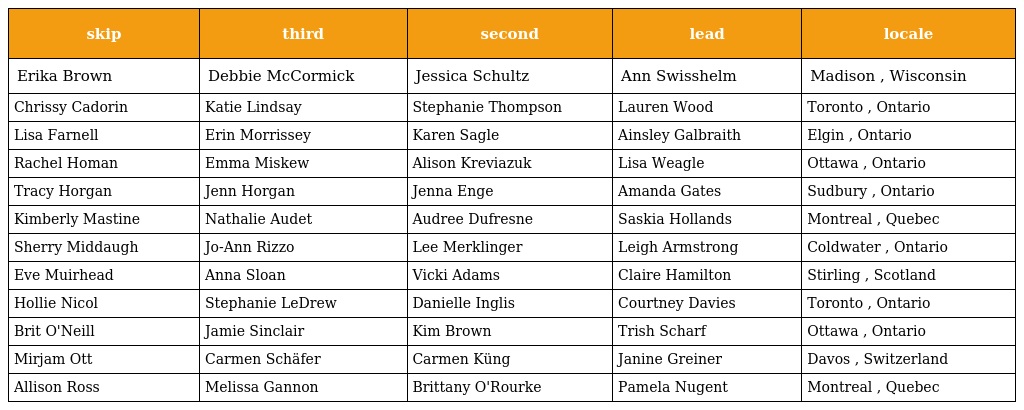
| skip | third | second | lead | locale |
 | --- | --- | --- | --- | --- |
 | Erika Brown | Debbie McCormick | Jessica Schultz | Ann Swisshelm | Madison , Wisconsin |
 | Chrissy Cadorin | Katie Lindsay | Stephanie Thompson | Lauren Wood | Toronto , Ontario |
 | Lisa Farnell | Erin Morrissey | Karen Sagle | Ainsley Galbraith | Elgin , Ontario |
 | Rachel Homan | Emma Miskew | Alison Kreviazuk | Lisa Weagle | Ottawa , Ontario |
 | Tracy Horgan | Jenn Horgan | Jenna Enge | Amanda Gates | Sudbury , Ontario |
 | Kimberly Mastine | Nathalie Audet | Audree Dufresne | Saskia Hollands | Montreal , Quebec |
 | Sherry Middaugh | Jo-Ann Rizzo | Lee Merklinger | Leigh Armstrong | Coldwater , Ontario |
 | Eve Muirhead | Anna Sloan | Vicki Adams | Claire Hamilton | Stirling , Scotland |
 | Hollie Nicol | Stephanie LeDrew | Danielle Inglis | Courtney Davies | Toronto , Ontario |
 | Brit O'Neill | Jamie Sinclair | Kim Brown | Trish Scharf | Ottawa , Ontario |
 | Mirjam Ott | Carmen Schäfer | Carmen Küng | Janine Greiner | Davos , Switzerland |
 | Allison Ross | Melissa Gannon | Brittany O'Rourke | Pamela Nugent | Montreal , Quebec |